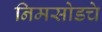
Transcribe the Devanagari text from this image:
निमसोडचे